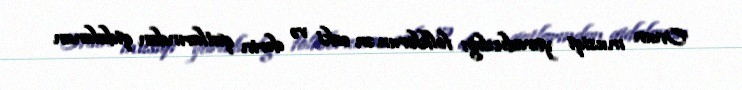
Onun musiqi yaradıcılığı folklorun ən əski və dərin qatlarından qidalanan